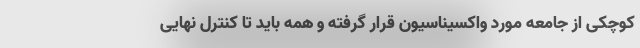
کوچکی از جامعه مورد واکسیناسیون قرار گرفته و همه باید تا کنترل نهایی